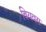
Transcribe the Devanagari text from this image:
बियवरा